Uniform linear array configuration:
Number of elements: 48
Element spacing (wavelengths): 0.75
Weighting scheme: blackman
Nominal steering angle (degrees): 45
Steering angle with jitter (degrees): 45.739
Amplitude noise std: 0.05
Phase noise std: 0.05

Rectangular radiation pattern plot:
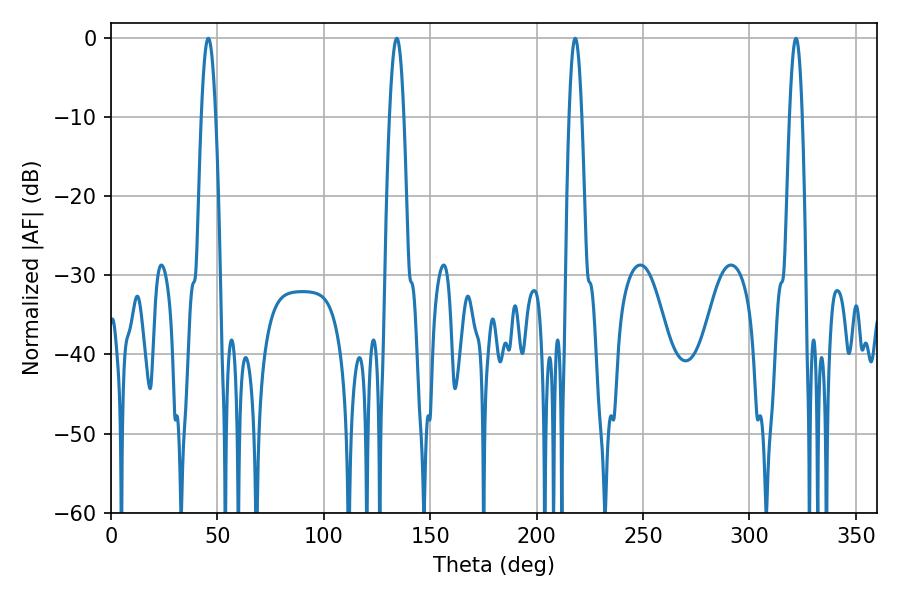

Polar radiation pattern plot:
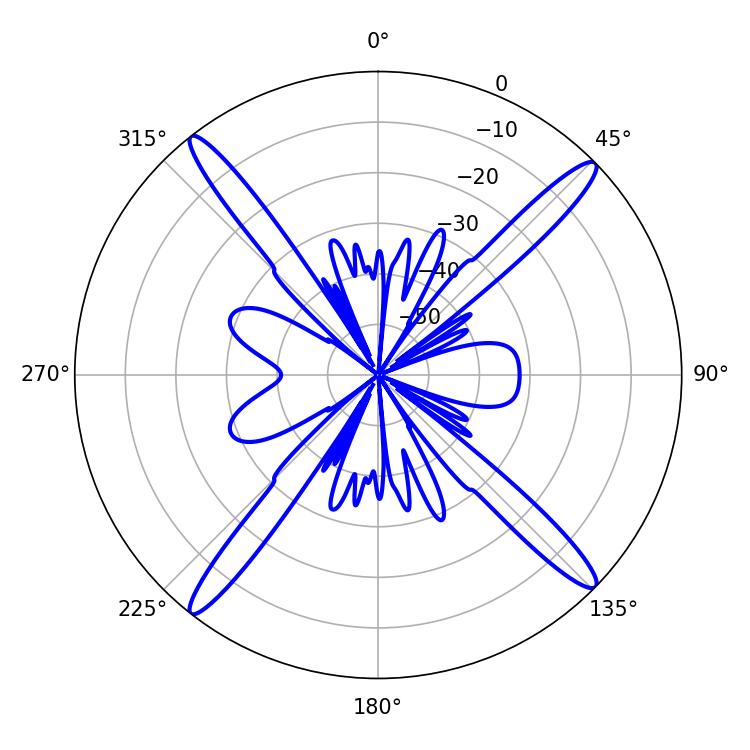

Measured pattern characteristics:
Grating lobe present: TRUE
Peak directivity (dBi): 19.33
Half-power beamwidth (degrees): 3.6
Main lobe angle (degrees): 45.72